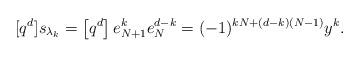
LaTeX: \begin{align*}[q^d]s_{\lambda_k}=\left[q^d\right]e_{N+1}^{k} e_{N}^{d-k}=(-1)^{kN+(d-k)(N-1)}y^k.\end{align*}